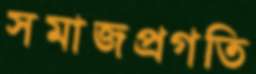
সমাজপ্রগতি